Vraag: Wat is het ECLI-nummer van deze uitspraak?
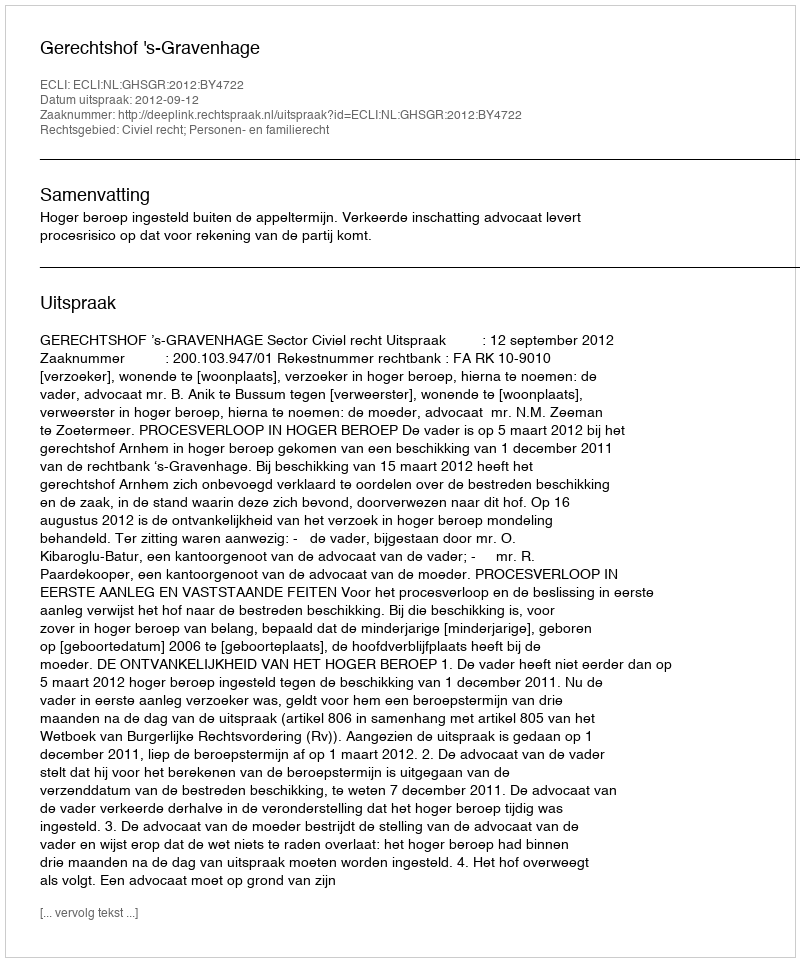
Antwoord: ECLI:NL:GHSGR:2012:BY4722